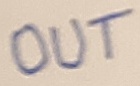
Text: Q1